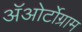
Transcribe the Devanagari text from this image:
अॅओर्टोग्राम